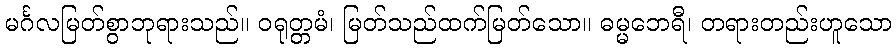
မင်္ဂလမြတ်စွာဘုရားသည်။ ဝရုတ္တမံ၊ မြတ်သည်ထက်မြတ်သော။ ဓမ္မဘေရီ၊ တရားတည်းဟူသော